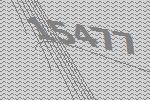
15477